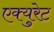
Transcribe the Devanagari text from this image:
एक्युरेट